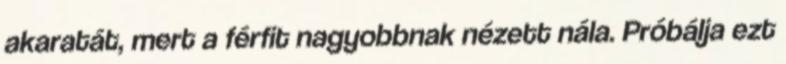
akaratát, mert a férfit nagyobbnak nézett nála. Próbálja ezt